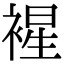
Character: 𧛟